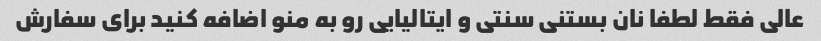
عالی فقط لطفا نان بستنی سنتی و ایتالیایی رو به منو اضافه کنید برای سفارش